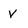
Character: v